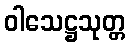
ဝါသေဋ္ဌသုတ္တ